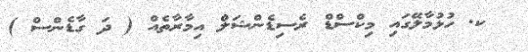
_ ކ. ހުޅުމާލޭގައި މިކްސްޑް ރެސިޑެންޝަލް އިމާރާތެއް ( ދަ ގާޑެންސް )